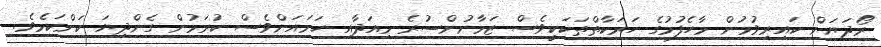
ރޯދަޔަށް ކައިރިވުމުން މާހެފުމުގެ ހަރަކާތްތަކަކީވެސް ޒަމާނުންސުރެ މިއަދާއި ހަމައަށްވެސް ކުރަމުން ގެންދިޔަ ކަންކަމެވެ.